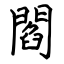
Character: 閻